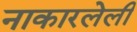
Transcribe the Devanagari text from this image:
नाकारलेली